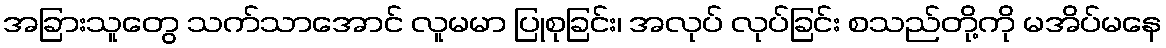
အခြားသူတွေ သက်သာအောင် လူမမာ ပြုစုခြင်း၊ အလုပ် လုပ်ခြင်း စသည်တို့ကို မအိပ်မနေ